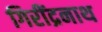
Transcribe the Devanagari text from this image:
गिरींद्रनाथ